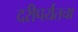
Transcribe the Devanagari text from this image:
दरीपर्यंतचा